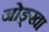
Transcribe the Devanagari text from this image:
जोङ्खा